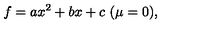
f = a x ^ { 2 } + b x + c \mathrm { \ ( \mu = 0 ) , }